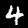
Label: 4